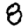
Digit: 8